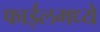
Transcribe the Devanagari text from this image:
फाईलमध्ये